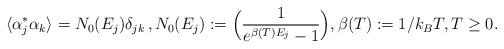
LaTeX: \begin{align*}\langle \alpha_j^\ast \alpha_k \rangle = N_0(E_j)\delta_{jk}\, ,N_0(E_j):= \Big(\frac{1}{e^{\beta(T) E_j}-1}\Big),\beta(T):=1/k_BT, T\ge0.\end{align*}